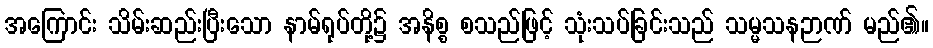
အကြောင်း သိမ်းဆည်းပြီးသော နာမ်ရုပ်တို့၌ အနိစ္စ စသည်ဖြင့် သုံးသပ်ခြင်းသည် သမ္မသနဉာဏ် မည်၏။